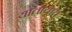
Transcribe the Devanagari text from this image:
यातायात्